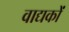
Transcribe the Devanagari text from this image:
वाद्यकों